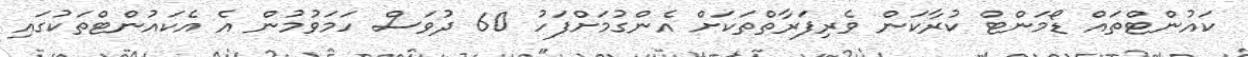
ކައުންޓްތައް ޑޯމަންޓް ކުރާކަން ވެރިފަރާތްތަކަށް އެންގުމަށްފަހު 60 ދުވަސް ހަމަވުމުން އެ އެކައުންޓްތަކުގައި